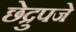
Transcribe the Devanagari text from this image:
छेद्रुपजे